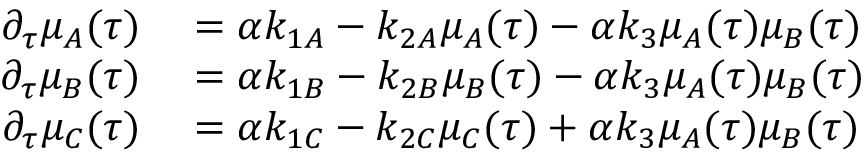
{ } \begin{array} { r l } { \partial _ { \tau } \mu _ { A } ( \tau ) } & { { } = \alpha k _ { 1 A } - k _ { 2 A } \mu _ { A } ( \tau ) - \alpha k _ { 3 } \mu _ { A } ( \tau ) \mu _ { B } ( \tau ) } \\ { \partial _ { \tau } \mu _ { B } ( \tau ) } & { { } = \alpha k _ { 1 B } - k _ { 2 B } \mu _ { B } ( \tau ) - \alpha k _ { 3 } \mu _ { A } ( \tau ) \mu _ { B } ( \tau ) } \\ { \partial _ { \tau } \mu _ { C } ( \tau ) } & { { } = \alpha k _ { 1 C } - k _ { 2 C } \mu _ { C } ( \tau ) + \alpha k _ { 3 } \mu _ { A } ( \tau ) \mu _ { B } ( \tau ) } \end{array}